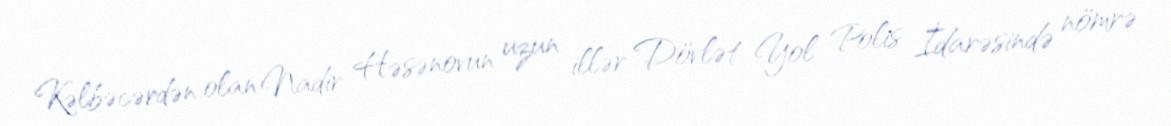
Kəlbəcərdən olan Nadir Həsənovun uzun illər Dövlət Yol Polis İdarəsində nömrə